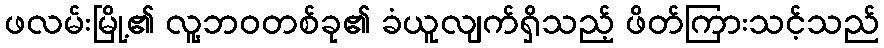
ဖလမ်းမြို့၏ လူ့ဘဝတစ်ခု၏ ခံယူလျက်ရှိသည့် ဖိတ်ကြားသင့်သည်